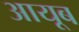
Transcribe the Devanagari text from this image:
आयूब